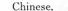
Chinese.